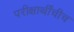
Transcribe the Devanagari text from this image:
परीक्षार्थींचीच